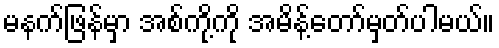
မနက်ဖြန်မှာ အစ်ကို့ကို အမိန့်တော်မှတ်ပါမယ်။